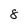
Character: 8